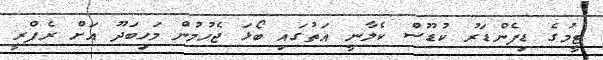
ޓީމުގެ ޑިފެންޑަރު ކުޑޫސް ކެލާނީ އަތުގައި ބޯޅަ ޖެހުމުން މަހިބަދޫ އަށް ރެފްރީ